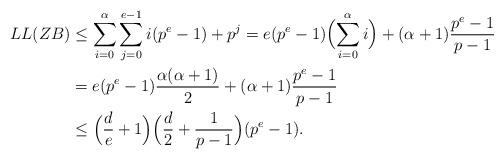
LaTeX: \begin{align*}LL(ZB)&\le\sum_{i=0}^{\alpha}\sum_{j=0}^{e-1}{i(p^e-1)+p^j}=e(p^e-1)\Bigl(\sum_{i=0}^{\alpha}i\Bigr)+(\alpha+1)\frac{p^e-1}{p-1}\\&=e(p^e-1)\frac{\alpha(\alpha+1)}{2}+(\alpha+1)\frac{p^e-1}{p-1}\\&\le \Bigl(\frac{d}{e}+1\Bigr)\Bigl(\frac{d}{2}+\frac{1}{p-1}\Bigr)(p^e-1).\end{align*}